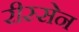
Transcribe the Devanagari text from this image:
रीस्सेन